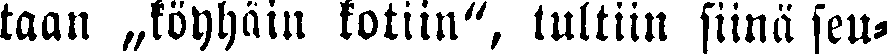
taan „köyhäin kotiin", tultiin siinä seu-